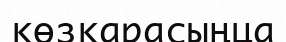
көзқарасыңца